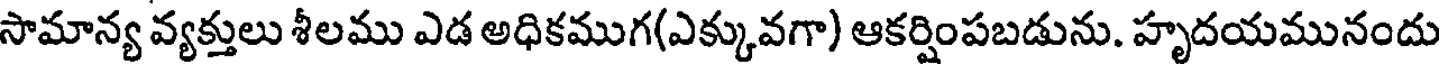
సామాన్య వ్యక్తులు శీలము ఎడ అధికముగ(ఎక్కువగా) ఆకర్షింపబడును. హృదయమునందు